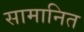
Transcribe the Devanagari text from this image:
सामानित